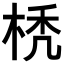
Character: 𣒇